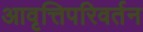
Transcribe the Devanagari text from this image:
आवृत्तिपरिवर्तन